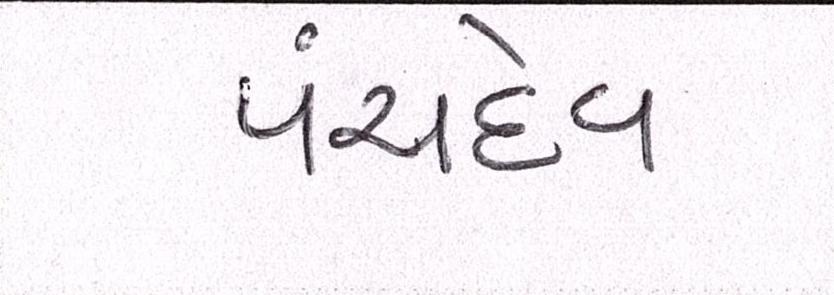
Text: પંચદેવ